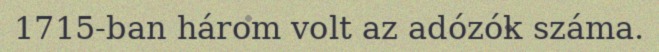
1715-ban három volt az adózók száma.